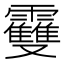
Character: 𩆿